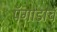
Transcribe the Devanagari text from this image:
पॅगोडाचं